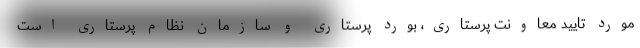
مورد تایید معاونت پرستاری، بورد پرستاری و سازمان نظام پرستاری است